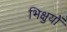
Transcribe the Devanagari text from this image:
भिक्षुयों